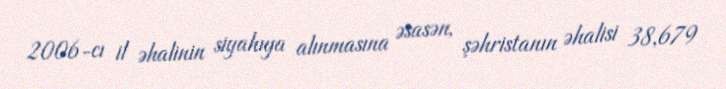
2006-cı il əhalinin siyahıya alınmasına əsasən, şəhristanın əhalisi 38,679